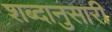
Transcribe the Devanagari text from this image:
शब्दानुसारी